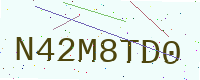
Text: N42M8TD0